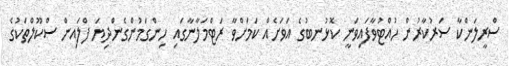
ސްރީލަންކާ ސަރުކާރުން ހުއްޓުވާފައިވަނީ ކޮޅުނބުގެ އަވަށެއް ކަމަށްވާ ރަޓްމަލާނާގައި ހިންގަމުންގެންދިޔަ ފްލައިން ސްކޫލްތަކުގެ